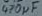
Text: 470µF